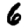
Digit: 6